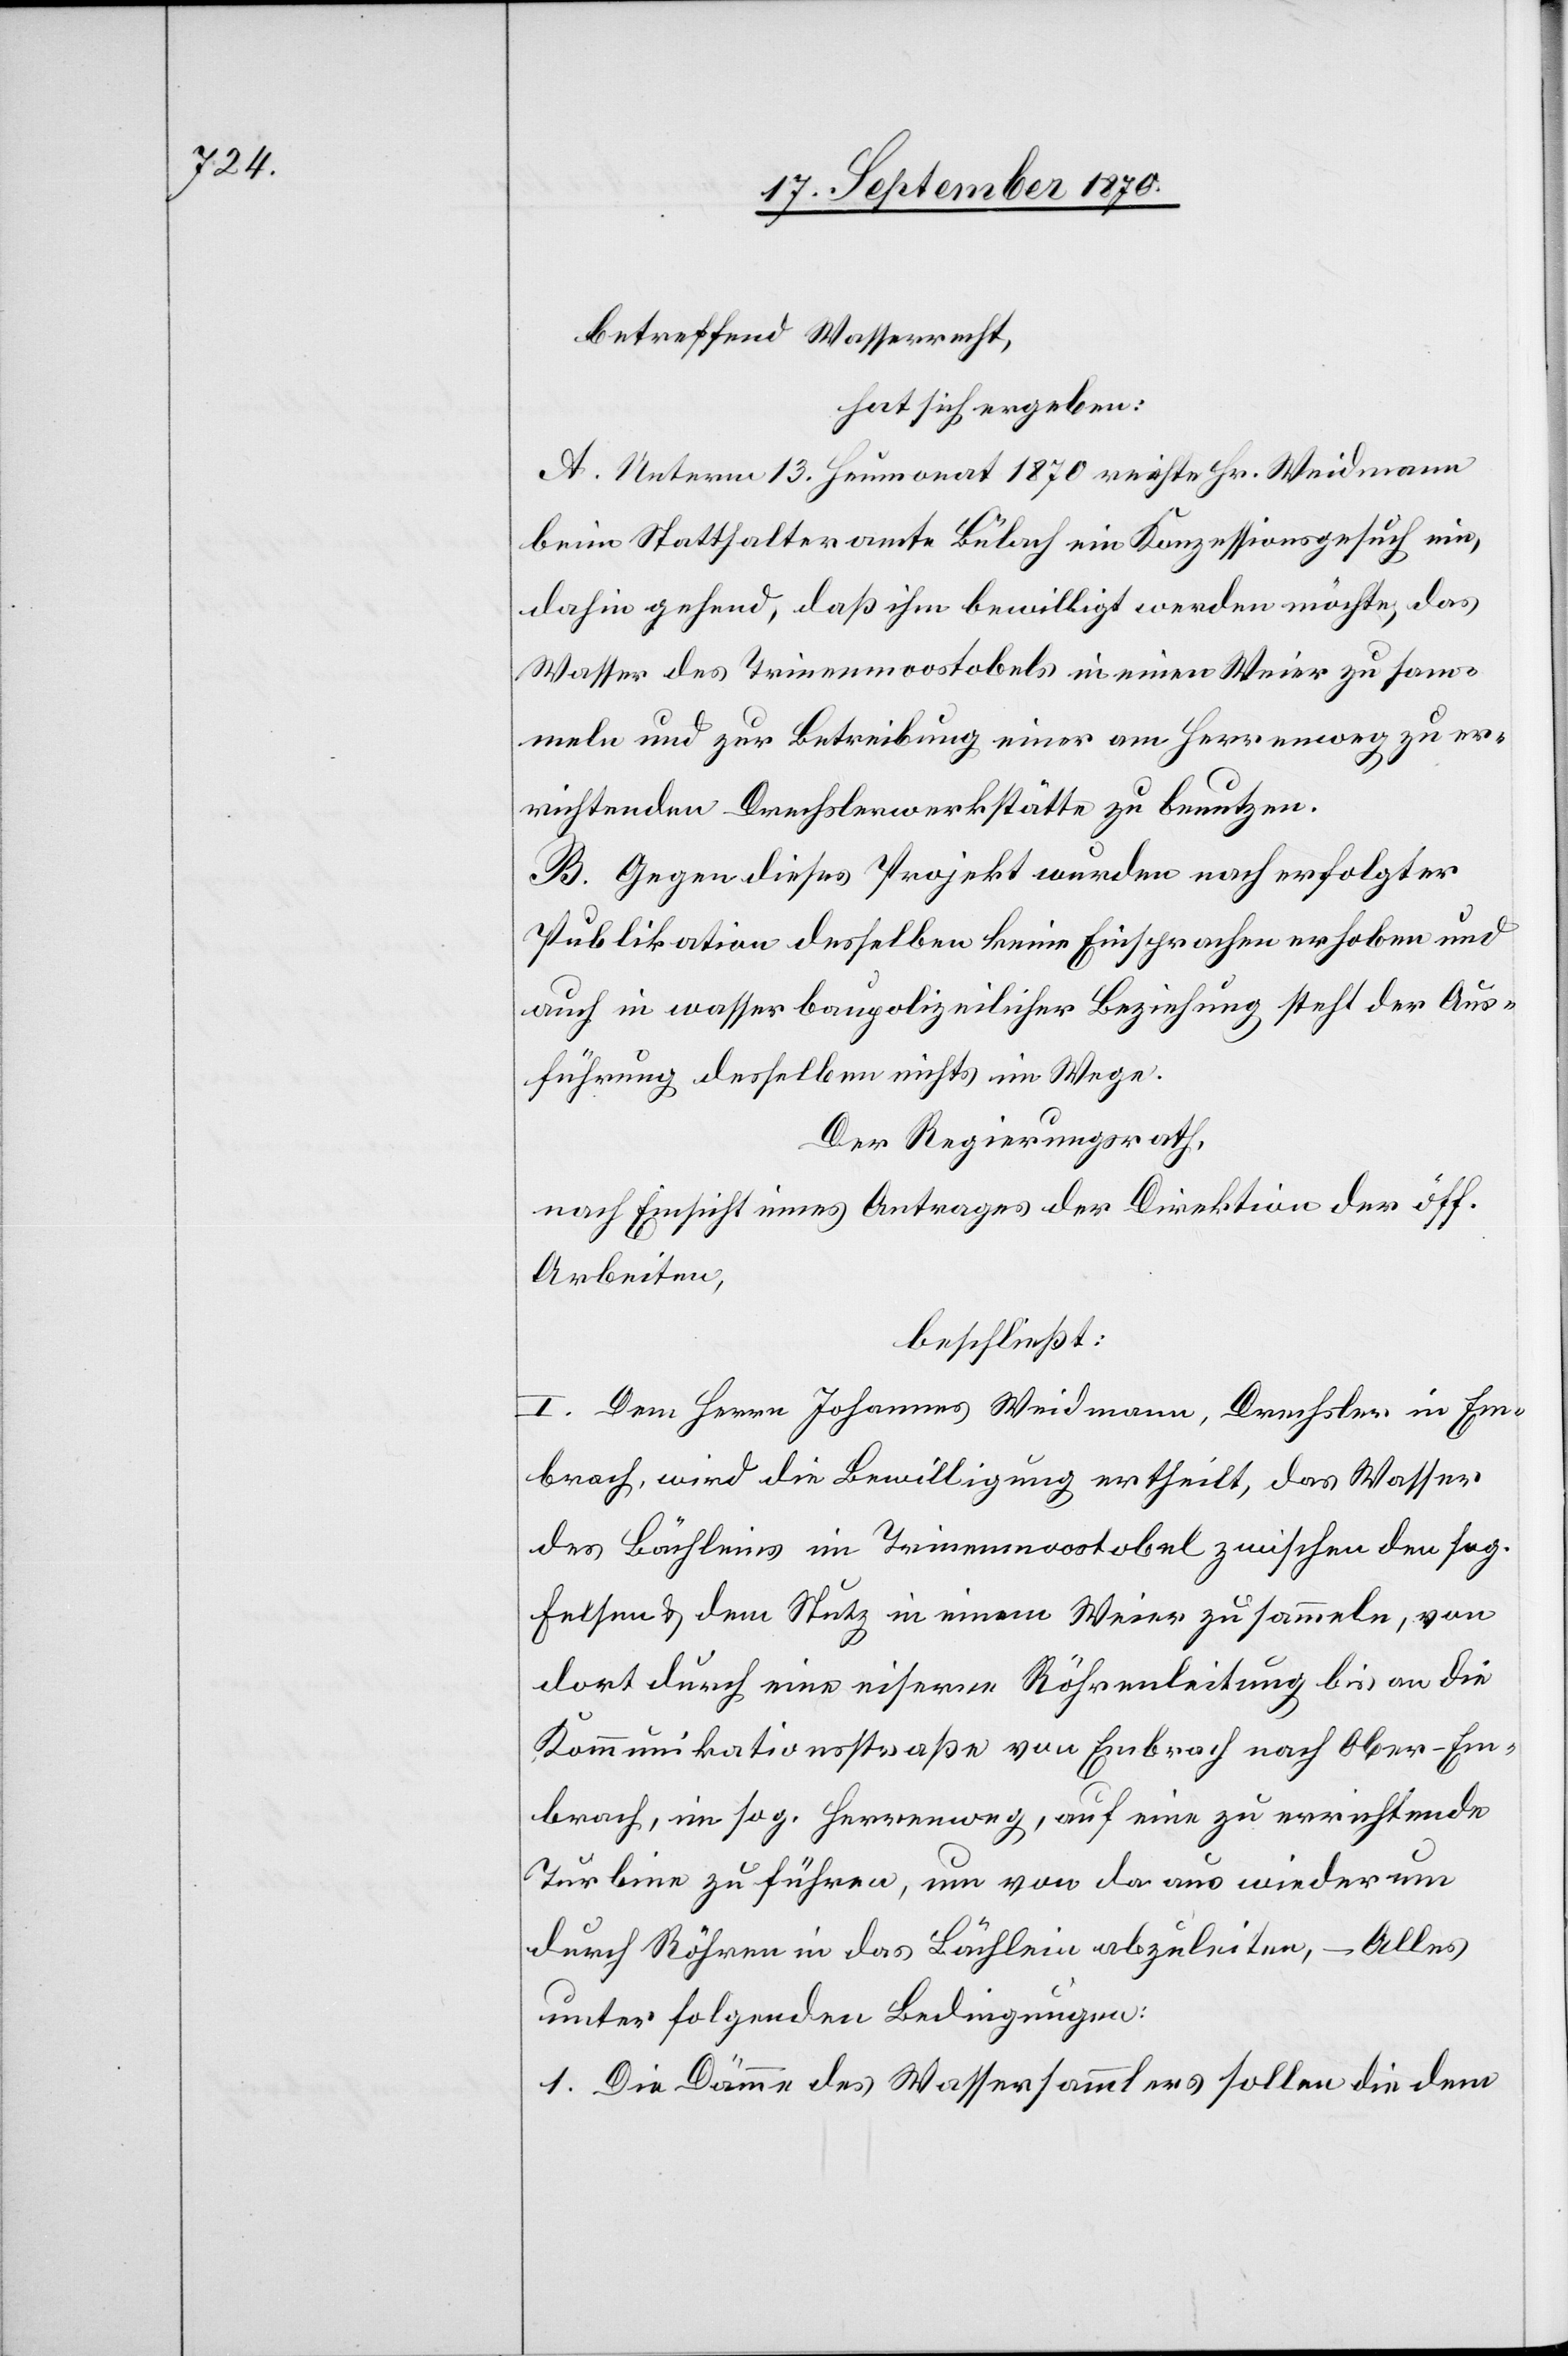
betreffend Wasserrecht,
hat sich ergeben:
A. Unterm 13. Heumonat 1870 reichte Hr. Weidmann
beim Statthalteramte Bülach ein Konzessionsgesuch ein,
dahin gehend, daß ihm bewilligt werden möchte, das
Wasser des Trinenmoostobels in einem Weier zu sam¬
meln und zur Betreibung einer am Herrenweg zu er¬
richtenden Drechslerwerkstätte zu benutzen.
B. Gegen dieses Projekt wurden nach erfolgter
Publikation desselben keine Einsprachen erhoben und
auch in wasserbaupolizeilicher Beziehung steht der Aus¬
führung desselben nichts im Wege.
Der Regierungsrath,
nach Einsicht eines Antrages der Direktion der öff.
Arbeiten,
beschließt:
I. Dem Herrn Johannes Weidmann, Drechsler in Em¬
brach, wird die Bewilligung ertheilt, das Wasser
des Bächleins im Trinenmoostobel zwischen den sog.
Felsen & dem Stutz in einem Weier zu sammeln, von
dort durch eine eiserne Röhrenleitung bis an die
Kommunikationsstraße von Embrach nach Ober-Em¬
brach, im sog. Herrenweg, auf eine zu errichtende
Turbine zu führen, um von da aus wiederum
durch Röhren in das Bächlein abzuleiten, – Alles
unter folgenden Bedingungen:
1. Die Dämme des Wassersammlers sollen die dem